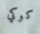
كوكي